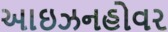
આઇઝનહોવર